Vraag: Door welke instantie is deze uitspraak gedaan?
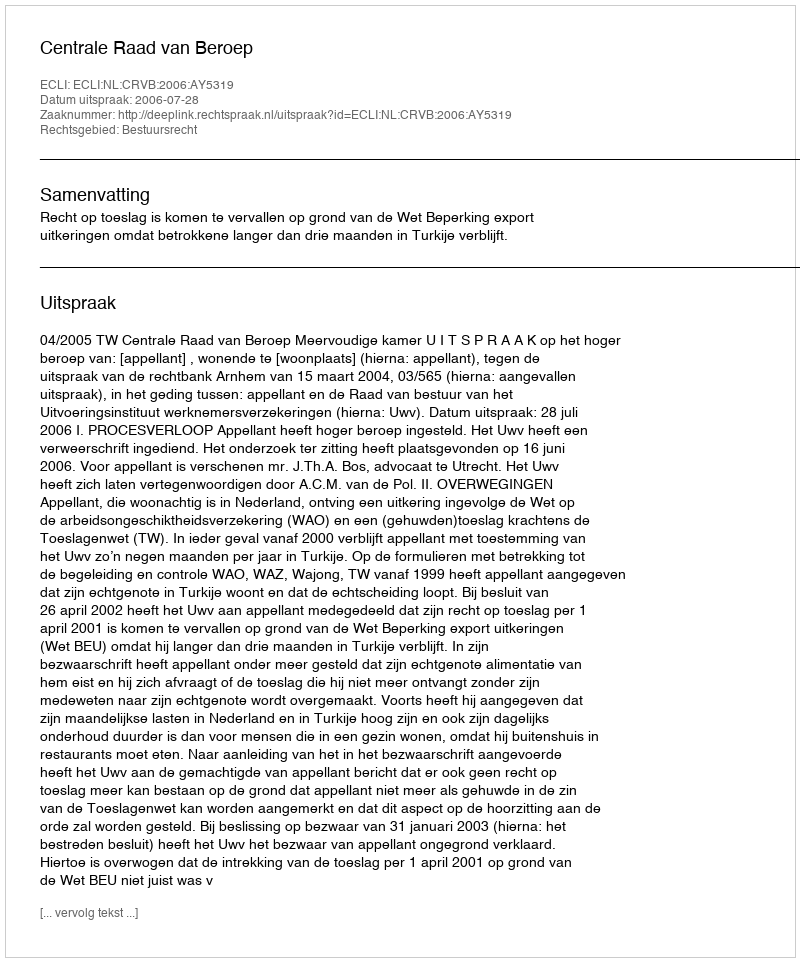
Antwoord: Centrale Raad van Beroep